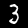
Label: 3